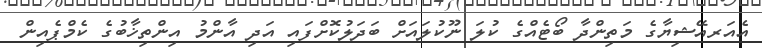
އެއަރއޭޝިޔާގެ މަތިންދާ ބޯޓެއްގެ ކުލަ ނޫކުލައަށް ބަދަލުކޮށްފައި އަދި އާންމު އިންތިޚާބުގެ ކެމްޕެއިން